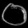
Digit: ၀